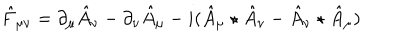
\hat { F } _ { \mu \nu } = \partial _ { \mu } \hat { A } _ { \nu } - \partial _ { \nu } \hat { A } _ { \mu } - i ( \hat { A } _ { \mu } \star \hat { A } _ { \nu } - \hat { A } _ { \nu } \star \hat { A } _ { \mu } )